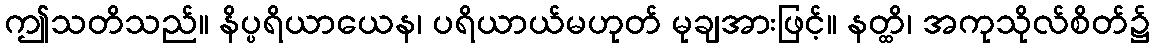
ဤသတိသည်။ နိပ္ပရိယာယေန၊ ပရိယာယ်မဟုတ် မုချအားဖြင့်။ နတ္ထိ၊ အကုသိုလ်စိတ်၌